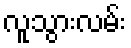
လူသွားလမ်း